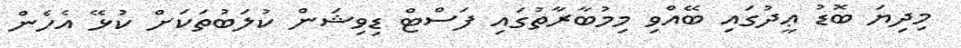
މިދިޔަ ބޮޑު ޢީދުގައި ބޭއްވި މިމުބާރާތުގައި ފަސްޓް ޑިވިޝަން ކުލަބުތަކަށް ކުޅޭ އެހެން